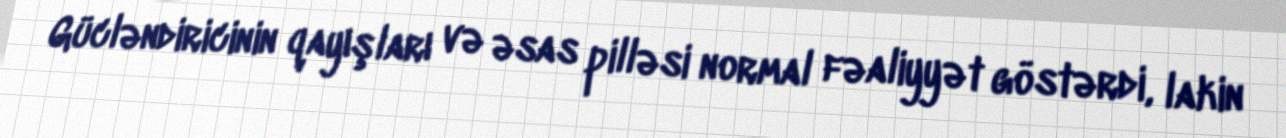
Gücləndiricinin qayışları və əsas pilləsi normal fəaliyyət göstərdi, lakin